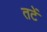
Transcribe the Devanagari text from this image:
तटें